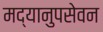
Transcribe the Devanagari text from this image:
मद्यानुपसेवन